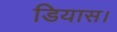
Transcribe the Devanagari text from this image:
डियास।